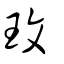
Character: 玟